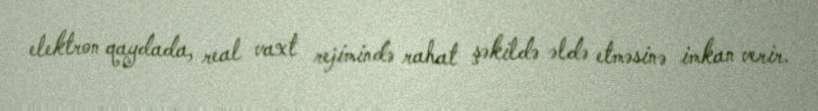
elektron qaydada, real vaxt rejimində rahat şəkildə əldə etməsinə imkan verir.